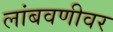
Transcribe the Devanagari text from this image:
लांबवणीवर